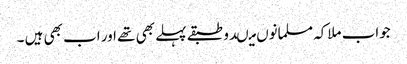
جواب ملاکہ مسلمانوں میںدو طبقے پہلے بھی تھے اور اب بھی ہیں ۔